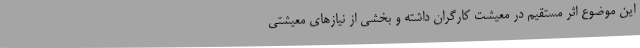
این موضوع اثر مستقیم در معیشت کارگران داشته و بخشی از نیازهای معیشتی